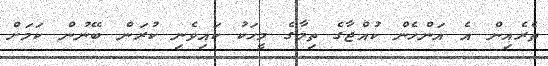
ތެރެއިން އެ އަންހެން ކުއްޖާގެ ތިމާގެ މީހަކު ކައިވެނި ކުރަން ބޭނުން ކަމަށް